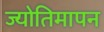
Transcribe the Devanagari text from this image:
ज्योतिमापन